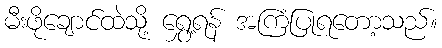
မီးဖိုချောင်ထဲသို့ ရွှေ့ရန် အကြံပြုရတော့သည်။